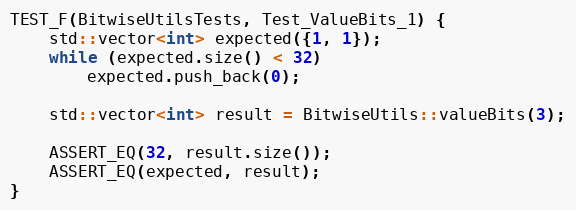
Language: C++
TEST_F(BitwiseUtilsTests, Test_ValueBits_1) {
    std::vector<int> expected({1, 1});
    while (expected.size() < 32)
        expected.push_back(0);

    std::vector<int> result = BitwiseUtils::valueBits(3);

    ASSERT_EQ(32, result.size());
    ASSERT_EQ(expected, result);
}